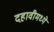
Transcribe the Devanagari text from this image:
दहावीमध्ये